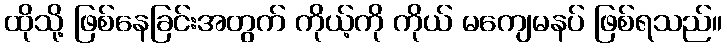
ထိုသို့ ဖြစ်နေခြင်းအတွက် ကိုယ့်ကို ကိုယ် မကျေမနပ် ဖြစ်ရသည်။